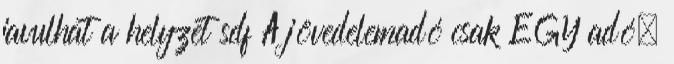
javulhat a helyzet sdf A jövedelemadó csak EGY adó,